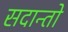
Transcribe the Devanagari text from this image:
सदान्तो